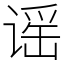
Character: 谣